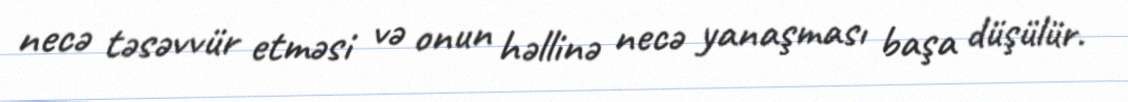
necə təsəvvür etməsi və onun həllinə necə yanaşması başa düşülür.